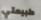
طبيعتي